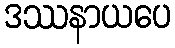
ဒဿနာယပေ